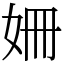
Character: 姍